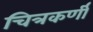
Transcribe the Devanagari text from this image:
चित्रकर्णी